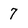
Character: 7